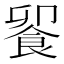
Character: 𩛁